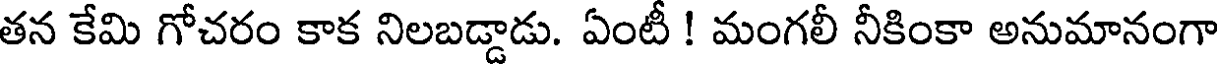
తన కేమి గోచరం కాక నిలబడ్డాడు. ఏంటీ ! మంగలీ నీకింకా అనుమానంగా